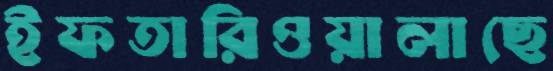
ইফতারিওয়ালাছে